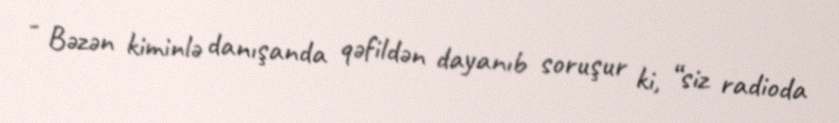
- Bəzən kiminlə danışanda qəfildən dayanıb soruşur ki, “siz radioda